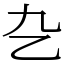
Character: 㐇